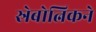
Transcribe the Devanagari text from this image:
स्रेबोत्निकने